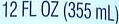
12 FL OZ (355 mL)